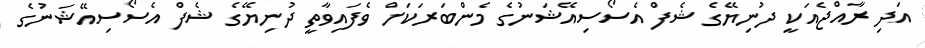
އަދި ރާއްޖެއަކީ ދުނިޔޭގެ ޝެފް އެސޯސިއޭޝަނުގެ މެންބަރަކަށް ވެފައިވާތީ ދުނިޔޭގެ ޝެފް އެސޯސިއޭޭޝަނުގެ